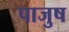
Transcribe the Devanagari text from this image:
पाजुष